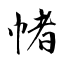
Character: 帾